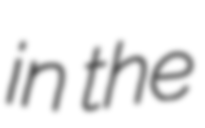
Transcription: in the